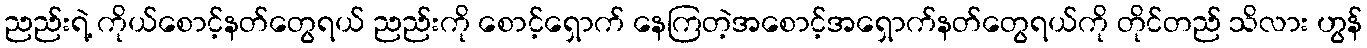
ညည်းရဲ့ ကိုယ်စောင့်နတ်တွေရယ် ညည်းကို စောင့်ရှောက် နေကြတဲ့အစောင့်အရှောက်နတ်တွေရယ်ကို တိုင်တည် သိလား ဟွန်